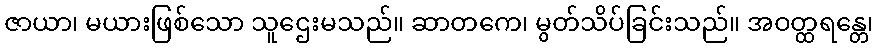
ဇာယာ၊ မယားဖြစ်သော သူဌေးမသည်။ ဆာတကေ၊ မွတ်သိပ်ခြင်းသည်။ အဝတ္ထရန္တေ၊